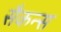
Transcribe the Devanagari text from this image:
सैकन्स